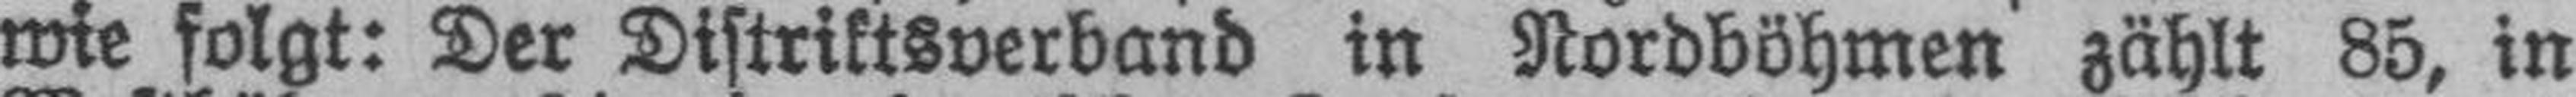
wie folgt: Der Distriktsverband in Nordböhmen zählt 85, in